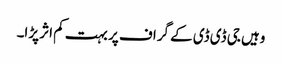
وہیں جی ڈی ڈی کے گراف پر بہت کم اثر پڑا۔